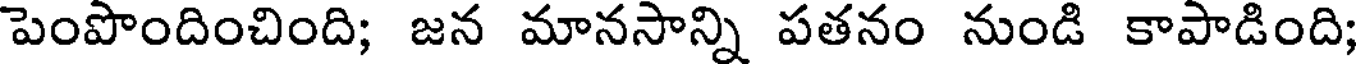
పెంపొందించింది; జన మానసాన్ని పతనం నుండి కాపాడింది;